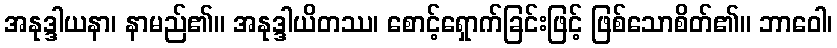
အနုဒ္ဒါယနာ၊ နာမည်၏။ အနုဒ္ဒါယိတဿ၊ စောင့်ရှောက်ခြင်းဖြင့် ဖြစ်သောစိတ်၏။ ဘာဝေါ၊